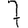
Digit: 7